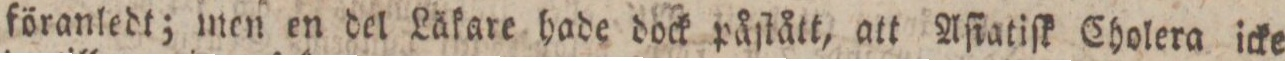
föranledt; men en del Läkare hade dock påſtått, att Aſiatiſk Cholera icke